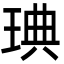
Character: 琠